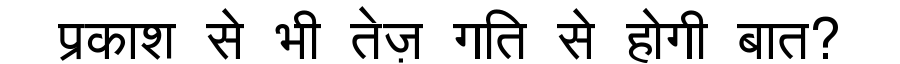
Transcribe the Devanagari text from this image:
प्रकाश से भी तेज़ गति से होगी बात?